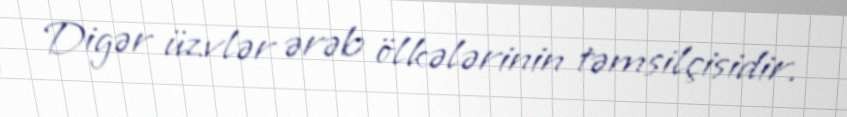
Digər üzvlər ərəb ölkələrinin təmsilçisidir.